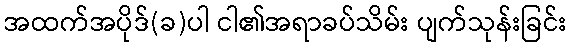
အထက်အပိုဒ်(ခ)ပါ ငါ၏အရာခပ်သိမ်း ပျက်သုန်းခြင်း